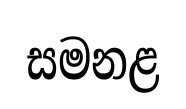
සමනළ